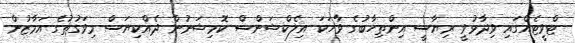
ޓްވީޓެއްގައި ވިދާޅުވީ ރިޔާސީ އިންތިހާބުގެ ވާހަކަ އިލެކްޝަންސް ކޮމިޝަނުން ދެއްކިޔަސް މިވަގުތުގެ އަމާޒުން